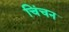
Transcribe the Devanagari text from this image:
चिंचन